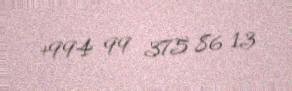
+994 99 375 86 13